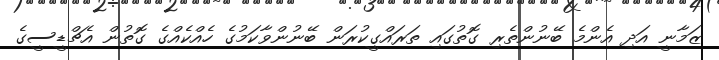
ޒަމާނީ އަދި އެންމެ ބޭނުންތެރި ގޮތުގައި ތަރައްގީކުރަން ބޭނުންވާކަމުގެ ހެއްކެއްގެ ގޮތުން އެޗްޑީސީގެ